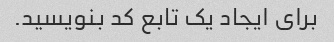
برای ایجاد یک تابع کد بنویسید.